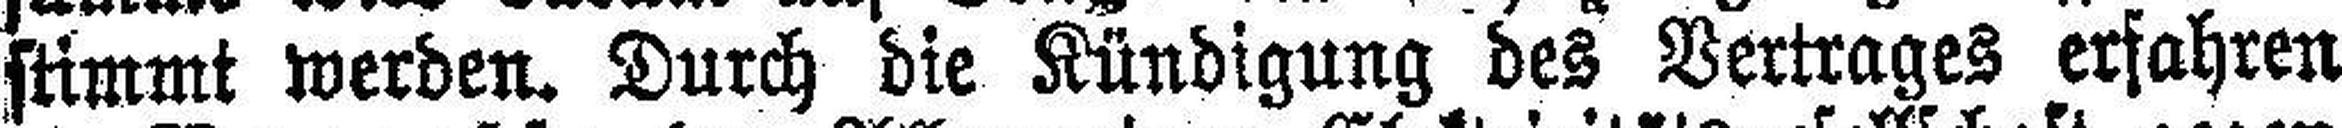
stimmt werden. Durch die Kündigung des Vertrages erfahren